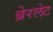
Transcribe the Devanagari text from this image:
ब्रेरलेट